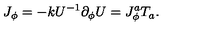
J _ { \phi } = - k U ^ { - 1 } \partial _ { \phi } U = J _ { \phi } ^ { a } T _ { a } .